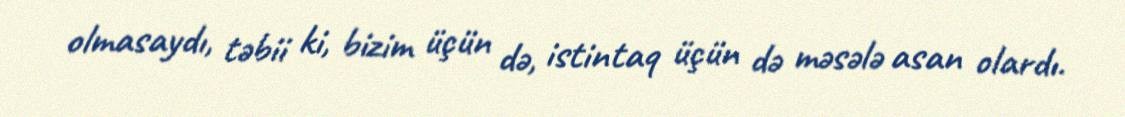
olmasaydı, təbii ki, bizim üçün də, istintaq üçün də məsələ asan olardı.